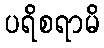
ပရိစရာမိ